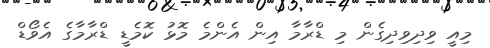
މިއީ ވިދިވިދިގެން މި ޑްރާމާ އިން އެންމެ މޮޅު ކޮމެޑީ ޑްރާމާގެ އެވޯޑް